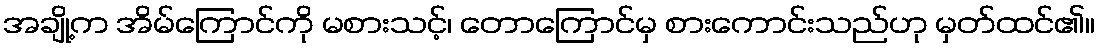
အချို့က အိမ်ကြောင်ကို မစားသင့်၊ တောကြောင်မှ စားကောင်းသည်ဟု မှတ်ထင်၏။